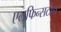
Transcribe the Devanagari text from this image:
एलफिन्सटोन